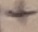
Text: +